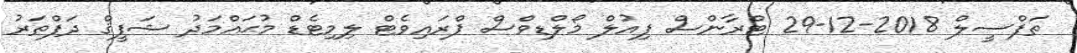
ތަފްސީލް 2018-12-29 ޓްރާންސް ފިއުލް މޯލްޑިވްސް ޕްރައިވެޓް ލިމިޓެޑް މުޙައްމަދު ޝަފީޤް ދަފްތަރު